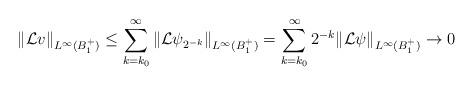
LaTeX: \begin{align*}&\left\|\mathcal{L} v\right\|_{L^\infty(B_1^+)} \leq \sum\limits_{k = k_0}^\infty\|\mathcal{L}\psi_{2^{-k}}\|_{L^\infty(B_1^+)} = \sum\limits_{k = k_0}^\infty2^{-k}\|\mathcal{L}\psi\|_{L^\infty(B_1^+)} \rightarrow 0\end{align*}